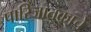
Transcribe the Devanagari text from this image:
पारिजातकाचे